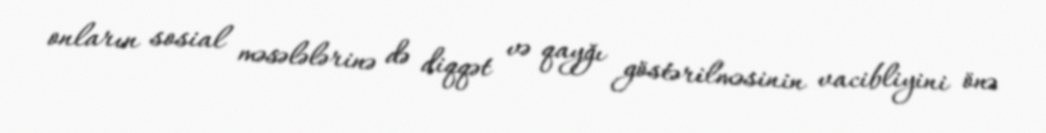
onların sosial məsələlərinə də diqqət və qayğı göstərilməsinin vacibliyini önə